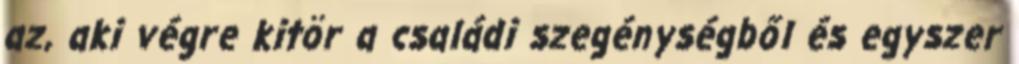
az, aki végre kitör a családi szegénységből és egyszer